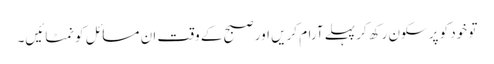
تو خود کو پرسکون رکھ کر پہلے آرام کریں اور صبح کے وقت ان مسائل کو نمٹائیں۔